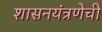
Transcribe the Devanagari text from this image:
शासनयंत्रणेची